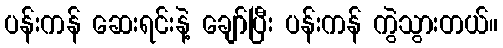
ပန်းကန် ဆေးရင်းနဲ့ ချော်ပြီး ပန်းကန် ကွဲသွားတယ်။